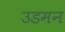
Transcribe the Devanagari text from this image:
उडमन